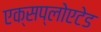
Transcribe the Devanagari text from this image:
एक्सप्लोएटेड